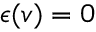
\epsilon ( v ) = 0